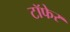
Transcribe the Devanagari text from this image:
टाॅफेर